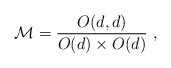
\begin{align*}{\cal M}={O(d,d)\over O(d)\times O(d)}\ ,\end{align*}